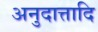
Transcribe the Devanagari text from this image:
अनुदात्तादि